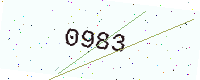
Text: 0983